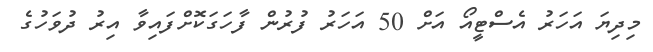
މިދިޔަ އަހަރު އެސްޓީއޯ އަށް 50 އަހަރު ފުރުން ފާހަގަކޮށްފައިވާ އިރު ދުވަހުގެ